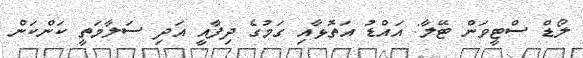
ލޯޑް ސްޓީވަން ޓޭލާ: އައްޑު އަތޮޅާއި ގަމުގެ ދިފާއީ އަދި ސަލާމަތީ ކަންކަން